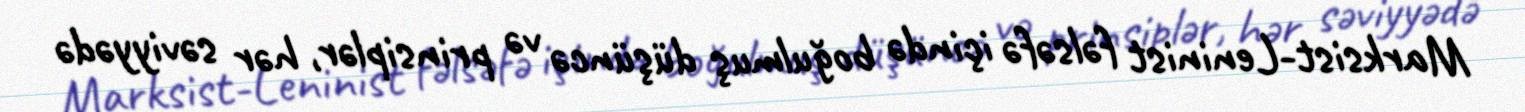
Marksist-Leninist fəlsəfə içində boğulmuş düşüncə və prinsiplər, hər səviyyədə